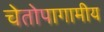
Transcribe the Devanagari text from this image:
चेतोपागामीय